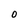
Character: O